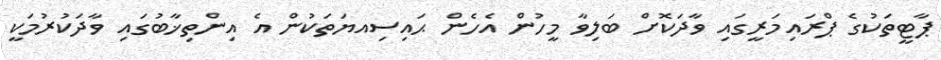
ޕާޓީތަކުގެ ޕްރައިމަރީގައި ވާދަކޮށް ބަލިވާ މީހުން އެހެން ޙައިސިއޔަތަކުން އެ އިންތިޚާބުގައި ވާދަކުރުމަކީ